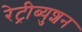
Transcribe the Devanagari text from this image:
रेट्रीब्युशन